Note on the mental hospitals in Burma - 1925-1940
Year: 1925
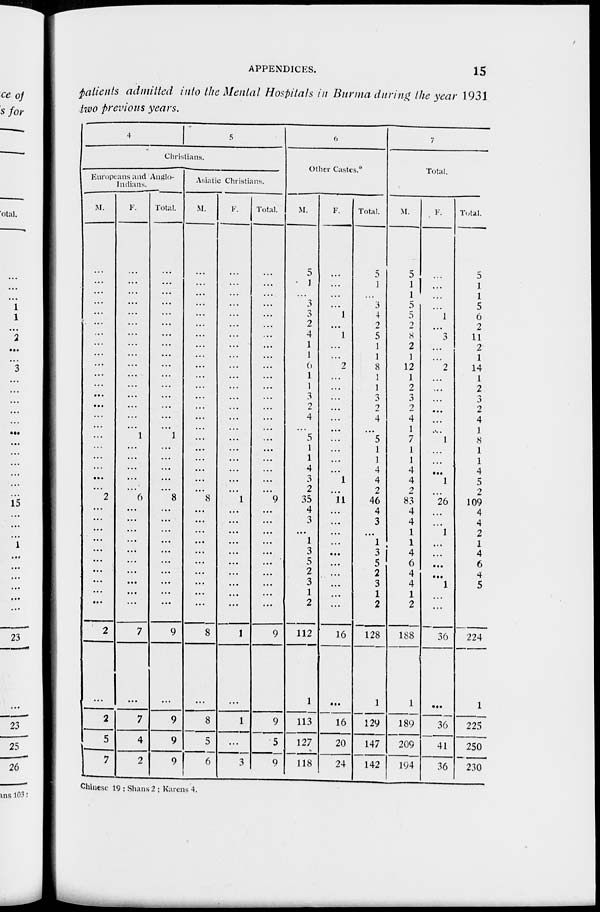
APPENDICES.
15
patients admitted into the Mental Hospitals in Burma during the year 1931
two previous years.
4
5
Christians.
Europeans and Anglo-
Indians.
M.
...
...
...
...
...
...
...
...
...
...
...
...
....
...
...
...
...
...
...
...
...
...
2
...
...
...
...
...
....
...
...
...
...
2
...
2
5
7
F.
...
...
...
...
...
...
...
...
...
...
...
...
...
...
...
...
1
...
...
...
...
...
6
...
...
...
...
...
...
...
...
...
...
7
...
7
4
2
Total.
...
...
...
...
...
...
...
...
...
...
...
...
...
...
...
... 1
...
...
...
...
...
8
...
...
...
...
...
...
...
...
...
9
...
9
9
9
Asiatic Christians.
M.
...
...
...
...
...
...
...
...
...
...
...
...
...
...
...
...
...
...
...
...
...
...
8
...
...
...
...
...
...
...
...
...
...
8
...
8
5
6
F.
...
...
...
...
...
...
...
...
...
...
...
...
...
...
...
...
...
...
...
...
...
...
1
...
...
...
...
...
...
...
...
...
...
1
...
1
...
3
Total.
...
...
...
...
...
...
...
...
...
...
...
...
...
...
...
...
...
...
...
...
...
...
9
...
...
...
...
...
...
...
...
...
...
9
...
9
5
9
6
Other Castes.*
M.
5
1
...
3
3
2
4
1
1
6
1
1
3
2
4
... 5
1
1
4
3
2
35
4
3
...
1
3
5
2
3
1
2
112
1
113
127
118
F.
...
...
...
...
1
...
1
...
...
2
...
...
...
...
...
...
...
...
...
...
1
...
11
...
...
...
...
...
...
...
...
...
...
16
...
16
20
24
Total.
5
1
...
3
4
2
5
1
1
8
1
1
3
2
4
...
5
1
1
4
4
2
46
4
3
...
1
3
5
2
3
1
2
128
1
129
147
142
7
Total.
M.
5
1
1
5
5
2
8
2
1
12
1
2
3
2
4
1
7
1
1
4
4
2
83
4
4
1
1
4
6
4
4
1
2
188
1
189
209
194
F.
...
...
...
...
1
...
3
...
...
2
...
...
...
...
...
... 1
...
...
...
1
...
26
...
...
1
...
...
...
...
1
...
...
36
...
36
41
36
Total.
5
1
1
5
6
2
11
2
1
14
1
2
3
2
4
1
8
1
1
4
5
2
109
4
4
2
1
4
6
4
5
1
2
224
1
225
250
230
Chinese 19 ; Shans 2 ; Karens 4.